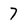
Character: 7